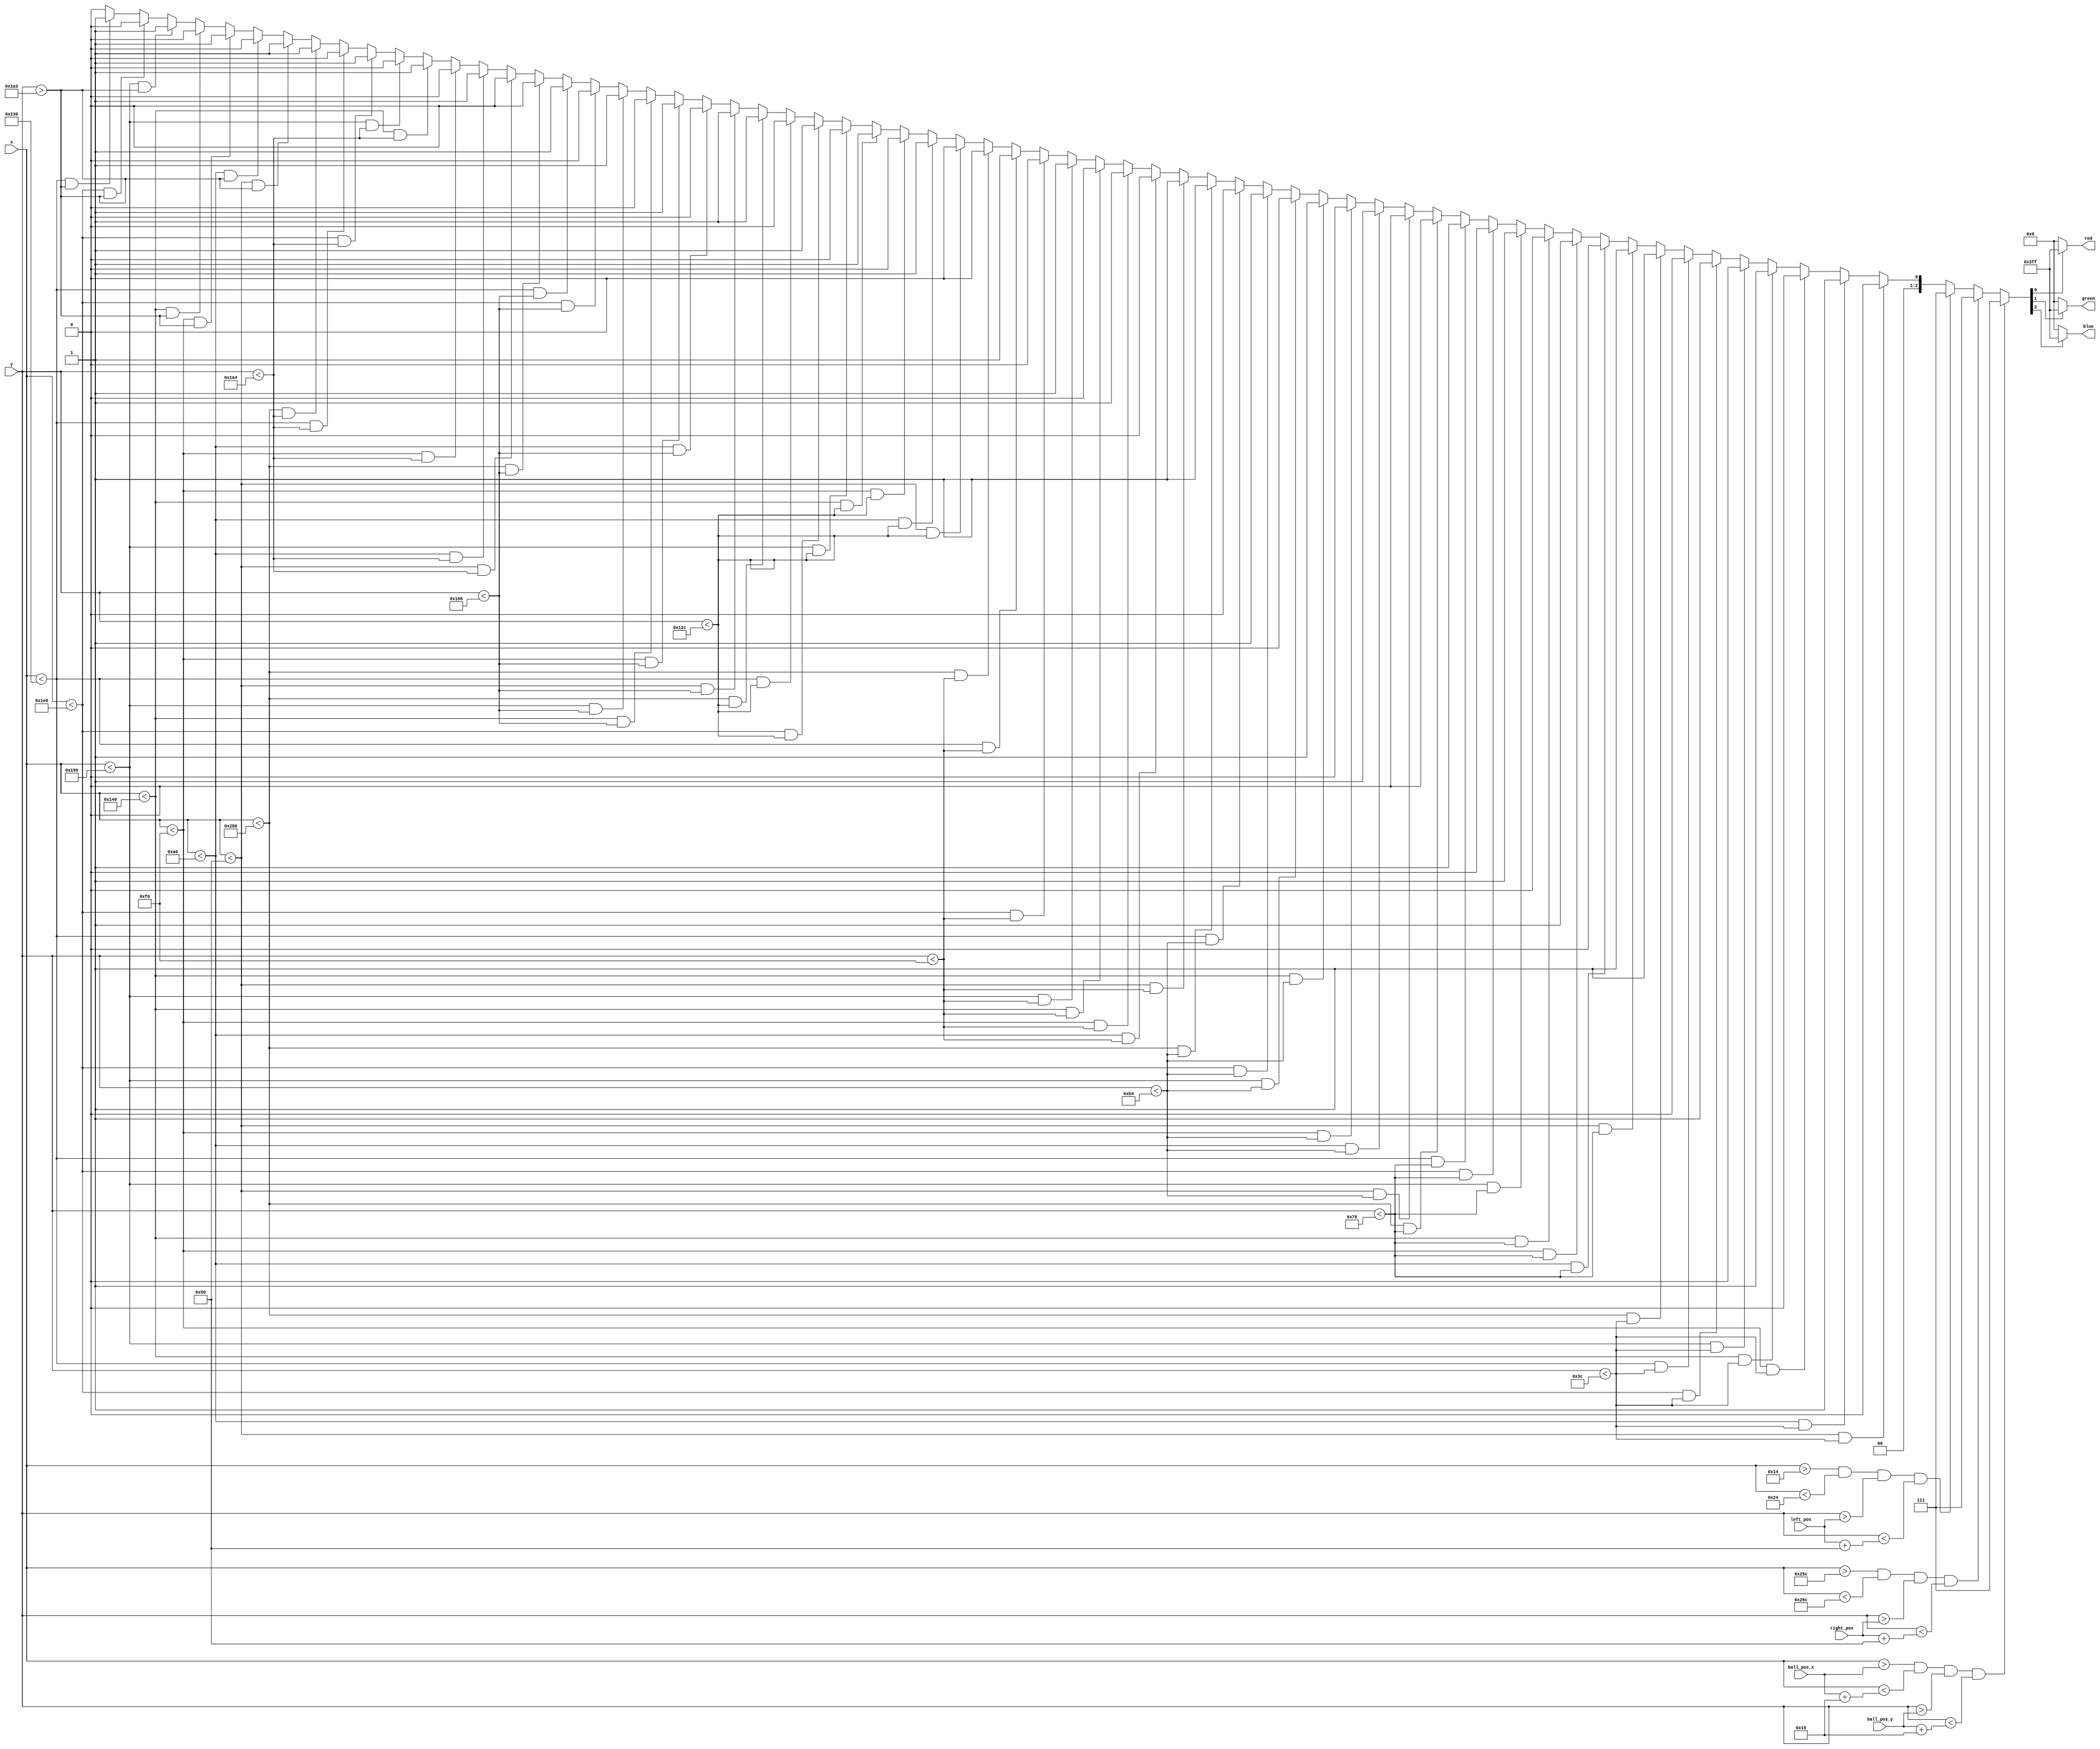
module bars(input [9:0] x, input [9:0] y,
	output [9:0] red, output [9:0] green, output [9:0] blue, input [9:0] left_pos,
	input [9:0] right_pos, input [9:0] ball_pos_x, input [9:0] ball_pos_y);
	
	reg [2:0] idx;
	wire [9:0] left_bot, right_bot, ball_right, ball_bot;
	assign left_bot = left_pos + 80;
	assign right_bot = right_pos + 80;
	assign ball_right = ball_pos_x + 16;
	assign ball_bot = ball_pos_y + 16;
	
	always @(x) begin
		//first row
		if (x < 80 && y < 60) idx <= 3'd0;
		else if (x < 160 && y < 60) idx <= 3'd1;
		else if (x < 240 && y < 60) idx <= 3'd0;
		else if (x < 320 && y < 60) idx <= 3'd1;
		else if (x < 400 && y < 60) idx <= 3'd0;
		else if (x < 480 && y < 60) idx <= 3'd1;
		else if (x < 560 && y < 60) idx <= 3'd0;
		else if (x < 640 && y < 60) idx <= 3'd1;
		//second row
		else if (x < 80 && y < 120) idx <= 3'd1;
		else if (x < 160 && y < 120) idx <= 3'd0;
		else if (x < 240 && y < 120) idx <= 3'd1;
		else if (x < 320 && y < 120) idx <= 3'd0;
		else if (x < 400 && y < 120) idx <= 3'd1;
		else if (x < 480 && y < 120) idx <= 3'd0;
		else if (x < 560 && y < 120) idx <= 3'd1;
		else if (x < 640 && y < 120) idx <= 3'd0;
		//third row
		else if (x < 80 && y < 180) idx <= 3'd0;
		else if (x < 160 && y < 180) idx <= 3'd1;
		else if (x < 240 && y < 180) idx <= 3'd0;
		else if (x < 320 && y < 180) idx <= 3'd1;
		else if (x < 400 && y < 180) idx <= 3'd0;
		else if (x < 480 && y < 180) idx <= 3'd1;
		else if (x < 560 && y < 180) idx <= 3'd0;
		else if (x < 640 && y < 180) idx <= 3'd1;
		//fourth row
		else if (x < 80 && y < 240) idx <= 3'd1;
		else if (x < 160 && y < 240) idx <= 3'd0;
		else if (x < 240 && y < 240) idx <= 3'd1;
		else if (x < 320 && y < 240) idx <= 3'd0;
		else if (x < 400 && y < 240) idx <= 3'd1;
		else if (x < 480 && y < 240) idx <= 3'd0;
		else if (x < 560 && y < 240) idx <= 3'd1;
		else if (x < 640 && y < 240) idx <= 3'd0;
		//fifth row
		else if (x < 80 && y < 300) idx <= 3'd0;
		else if (x < 160 && y < 300) idx <= 3'd1;
		else if (x < 240 && y < 300) idx <= 3'd0;
		else if (x < 320 && y < 300) idx <= 3'd1;
		else if (x < 400 && y < 300) idx <= 3'd0;
		else if (x < 480 && y < 300) idx <= 3'd1;
		else if (x < 560 && y < 300) idx <= 3'd0;
		else if (x < 640 && y < 300) idx <= 3'd1;
		//sixth row
		else if (x < 80 && y < 360) idx <= 3'd1;
		else if (x < 160 && y < 360) idx <= 3'd0;
		else if (x < 240 && y < 360) idx <= 3'd1;
		else if (x < 320 && y < 360) idx <= 3'd0;
		else if (x < 400 && y < 360) idx <= 3'd1;
		else if (x < 480 && y < 360) idx <= 3'd0;
		else if (x < 560 && y < 360) idx <= 3'd1;
		else if (x < 640 && y < 360) idx <= 3'd0;
		//seventh row
		else if (x < 80 && y < 420) idx <= 3'd0;
		else if (x < 160 && y < 420) idx <= 3'd1;
		else if (x < 240 && y < 420) idx <= 3'd0;
		else if (x < 320 && y < 420) idx <= 3'd1;
		else if (x < 400 && y < 420) idx <= 3'd0;
		else if (x < 480 && y < 420) idx <= 3'd1;
		else if (x < 560 && y < 420) idx <= 3'd0;
		else if (x < 640 && y < 420) idx <= 3'd1;
		//last row
		else if (x < 80 && y > 419) idx <= 3'd1;
		else if (x < 160 && y > 419) idx <= 3'd0;
		else if (x < 240 && y > 419) idx <= 3'd1;
		else if (x < 320 && y > 419) idx <= 3'd0;
		else if (x < 400 && y > 419) idx <= 3'd1;
		else if (x < 480 && y > 419) idx <= 3'd0;
		else if (x < 560 && y > 419) idx <= 3'd1;
		else if (x < 640 && y > 419) idx <= 3'd0;
		else idx <= 3'd0;
		//hardcode paddle
		if (x > 20 & x < 36 & y > left_pos & y < left_bot) idx <= 3'd7;
		if (x > 604 & x < 620 & y > right_pos & y < right_bot) idx <=3'd7;
		//hardcode ball
		if (x > ball_pos_x & x < ball_right & y > ball_pos_y & y < ball_bot) idx <=3'd7;
	end
	assign red = (idx[0]? 10'h3ff: 10'h000);
	assign green = (idx[1]? 10'h3ff: 10'h000);
	assign blue = (idx[2]? 10'h3ff: 10'h000);

endmodule